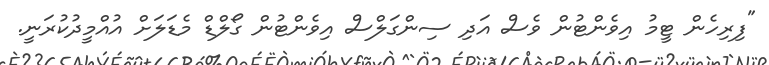
"ފިރިހެން ޓީމު އިވެންޓުން ވެސް އަދި ސިންގަލްސް އިވެންޓުން ގޯލްޑް މެޑަލަށް އުއްމީދުކުރަނީ.